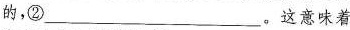
的，②___。这意味着